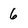
Character: 6